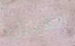
القبيل